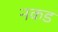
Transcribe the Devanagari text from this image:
नकड